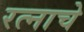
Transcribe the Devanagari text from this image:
रत्नाचे